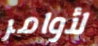
لأوامر